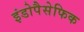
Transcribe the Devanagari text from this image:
इंडोपैसेफिक